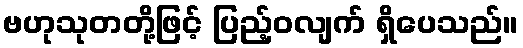
ဗဟုသုတတို့ဖြင့် ပြည့်ဝလျက် ရှိပေသည်။